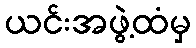
ယင်းအဖွဲ့ထံမှ